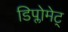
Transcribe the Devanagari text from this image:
डिप्लोमेट्